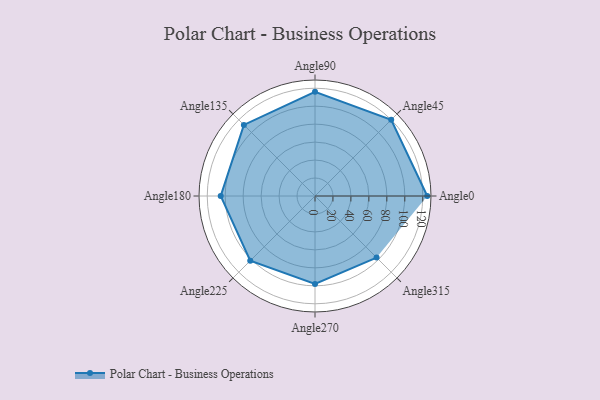
{"axis": {"x": "Angle", "y": "Radius"}, "legend": [""], "data": [{"x": "Angle0", "y": 125.0, "type": ""}, {"x": "Angle45", "y": 120.0, "type": ""}, {"x": "Angle90", "y": 116.0, "type": ""}, {"x": "Angle135", "y": 112.0, "type": ""}, {"x": "Angle180", "y": 105.0, "type": ""}, {"x": "Angle225", "y": 102.0, "type": ""}, {"x": "Angle270", "y": 98.0, "type": ""}, {"x": "Angle315", "y": 97.0, "type": ""}]}